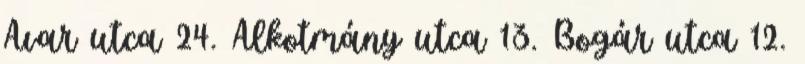
Avar utca 24. Alkotmány utca 13. Bogár utca 12.